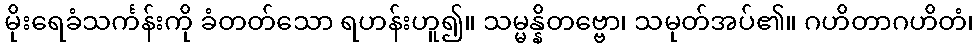
မိုးရေခံသင်္ကန်းကို ခံတတ်သော ရဟန်းဟူ၍။ သမ္မန္နိတဗ္ဗော၊ သမုတ်အပ်၏။ ဂဟိတာဂဟိတံ၊